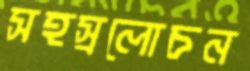
সহস্রলোচন